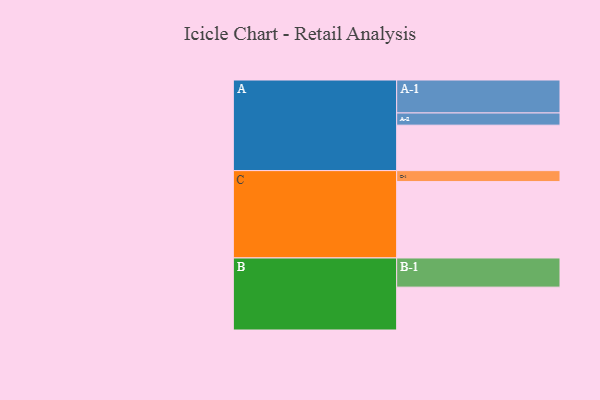
{"axis": {"x": "Segment", "y": "Value"}, "legend": ["", "A", "B", "C"], "data": [{"x": "A", "y": 335, "type": ""}, {"x": "B", "y": 316, "type": ""}, {"x": "C", "y": 563, "type": ""}, {"x": "A-1", "y": 243, "type": "A"}, {"x": "A-2", "y": 90, "type": "A"}, {"x": "B-1", "y": 215, "type": "B"}, {"x": "C-1", "y": 81, "type": "C"}]}